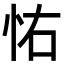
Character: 㤑